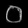
Digit: ၀